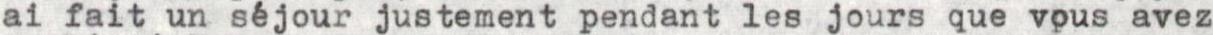
ai fait un séjour justement pendant les jours que vous avez